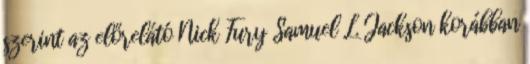
szerint az előrelátó Nick Fury Samuel L. Jackson korábban